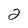
Character: 2